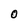
Character: O